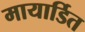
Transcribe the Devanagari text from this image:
मायार्डित